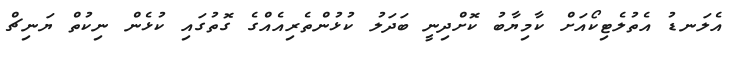
އެލަނޑު އެތުލެޓިކޯއަށް ކާމިޔާބު ކޮށްދިނީ ބަދަލު ކުޅުންތެރިއެއްގެ ގޮތުގައި ކުޅެން ނިކުތް ޔަނިޗް